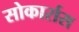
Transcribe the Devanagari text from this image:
सोकार्रास